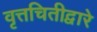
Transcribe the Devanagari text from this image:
वृत्तचितीद्वारे